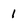
Character: 1